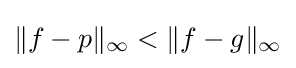
\|f-p\|_{\infty }<\|f-g\|_{\infty }